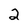
Character: 2